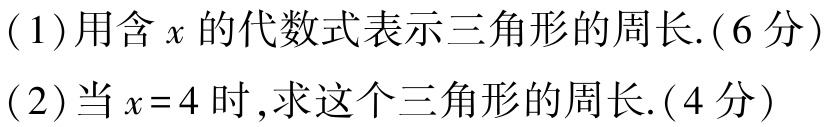
(1)用含\(x\)的代数式表示三角形的周长.(6分)
(2)当\(x = 4\)时,求这个三角形的周长.(4分)